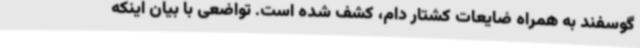
گوسفند به همراه ضایعات کشتار دام، کشف شده است. تواضعی با بیان اینکه